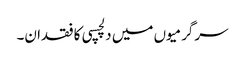
سرگرمیوں میں دلچسپی کا فقدان۔